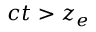
c t > z _ { e }